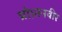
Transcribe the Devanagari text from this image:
प्रो।तनवीर